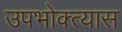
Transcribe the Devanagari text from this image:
उपभोक्त्यास